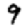
Digit: 9